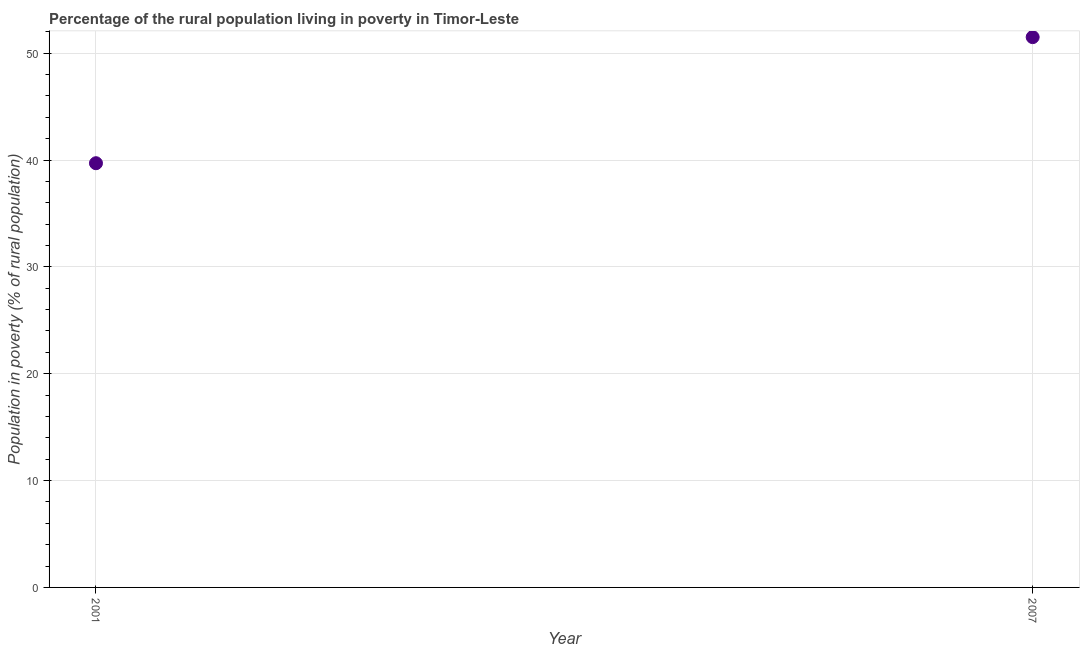
| Year | Rural poverty headcount ratio |
 | --- | --- |
 | 2001 | 39.7 |
 | 2007 | 51.5 |